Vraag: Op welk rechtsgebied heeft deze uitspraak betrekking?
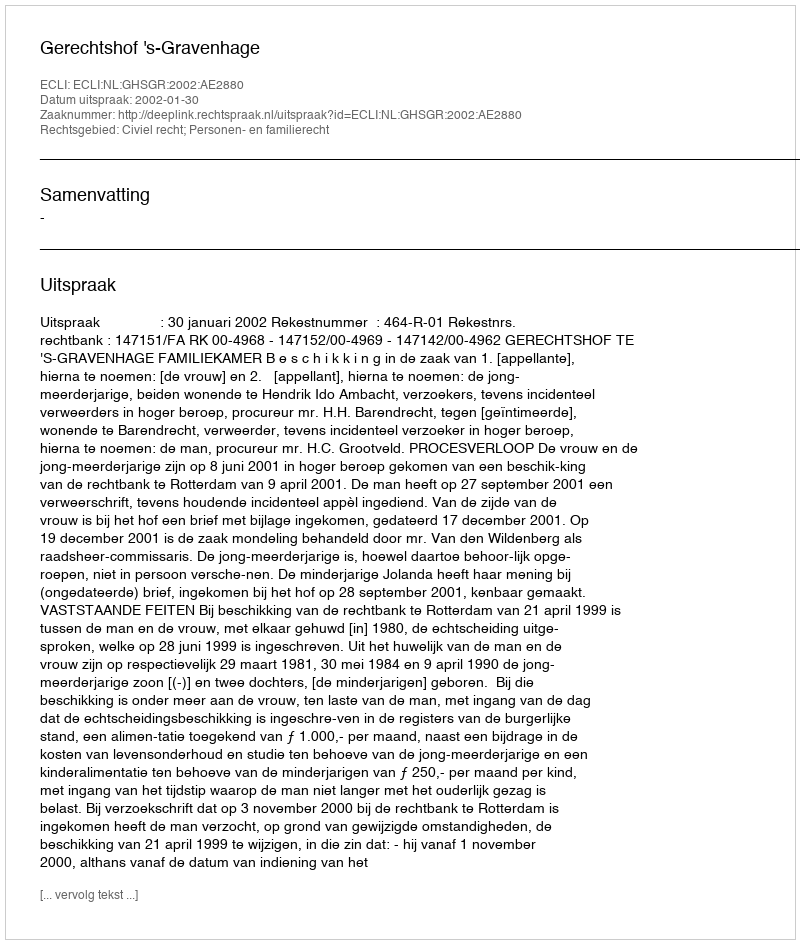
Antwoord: Civiel recht; Personen- en familierecht